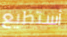
أستطيع